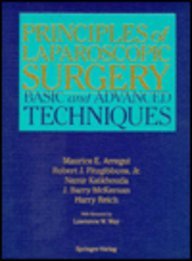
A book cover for Principles of Laparoscopic Surgery: Basic and Advanced Techniques; Medical Books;